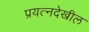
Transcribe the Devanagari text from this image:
प्रयत्‍नदेखील